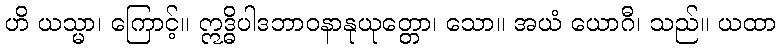
ဟိ ယသ္မာ၊ ကြောင့်။ ဣဒ္ဓိပါဒဘာဝနာနုယုတ္တော၊ သော။ အယံ ယောဂီ၊ သည်။ ယထာ